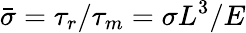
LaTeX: \bar{\sigma}=\tau_{r}/\tau_{m}=\sigma L^{3}/E